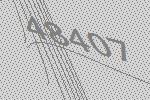
48407